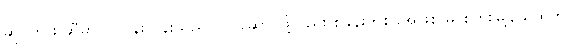
ဆိုင်ဟား ဆီမှာ ပင်ပန်းလွန်းသည် လုပ်ဆောင်ဖို့လည်း စခန်းတစ်ခုအဖြစ် မင်းပြားမြို့နယ်ထဲတွင်